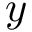
y